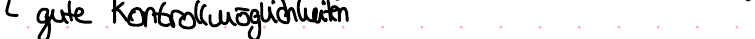
gute Kontrollmöglichkeiten